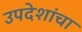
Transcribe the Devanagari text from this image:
उपदेशांचा